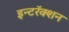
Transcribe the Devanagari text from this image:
इन्टरॅक्शन